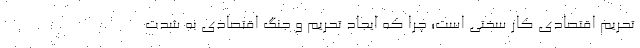
تحریم اقتصادی کار سختی است؛ چرا که ایجاد تحریم و جنگ اقتصادی به شدت